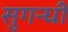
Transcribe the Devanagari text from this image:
सुगन्धी